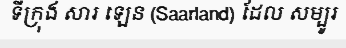
ទីក្រុង សារ ឡេន (Saarland) ដែល សម្បូរ